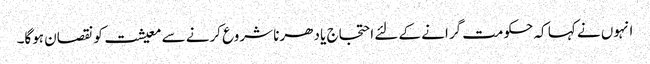
انہوں نے کہا کہ حکومت گرانے کے لئے احتجاج یا دھرنا شروع کرنے سے معیشت کو نقصان ہوگا۔